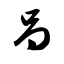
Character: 呙